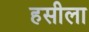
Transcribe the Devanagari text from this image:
हसीला